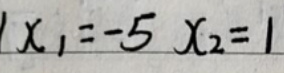
$x_1 = -5 \quad x_2 = 1$